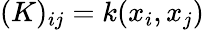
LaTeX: (K)_{ij}=k(x_{i},x_{j})